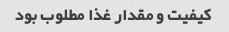
کیفیت و مقدار غذا مطلوب بود